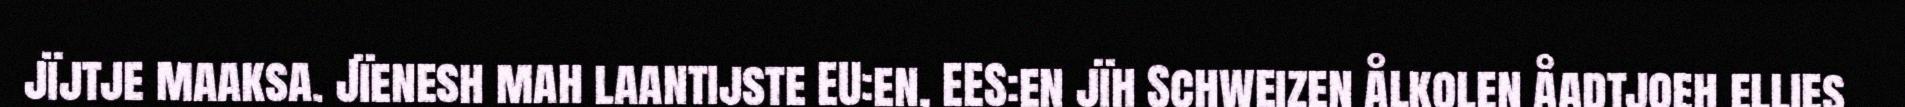
jïjtje maaksa. Jïenesh mah laantijste EU:en, EES:en jïh Schweizen ålkolen åadtjoeh ellies